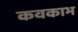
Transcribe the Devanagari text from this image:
कवकाभ